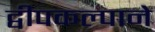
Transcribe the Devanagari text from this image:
द्वीपकल्पाने